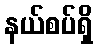
နယ်စပ်ရှိ